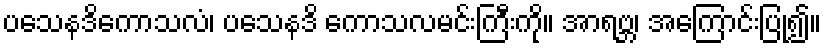
ပသေနဒိကောသလံ၊ ပသေနဒိ ကောသလမင်းကြီးကို။ အာရဗ္ဘ၊ အကြောင်းပြု၍။